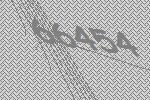
66454